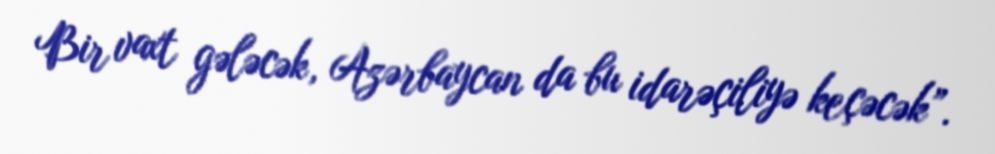
Bir vaxt gələcək, Azərbaycan da bu idarəçiliyə keçəcək”.